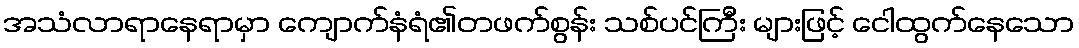
အသံလာရာနေရာမှာ ကျောက်နံရံ၏တဖက်စွန်း သစ်ပင်ကြီး များဖြင့် ငေါထွက်နေသော